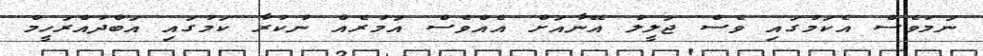
ނަމަވެސް އެކަމުގައި ވެސް ޖަލީލު އޭނާއަށް އެއްވެސް އަމުރެއް ނުކުރާ ކަމުގައި އަބްދުއްރަހީމް